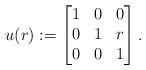
LaTeX: \begin{align*} u(r) := \begin{bmatrix} 1 & 0 & 0 \\ 0 & 1 & r \\ 0 & 0 & 1 \end{bmatrix}.\end{align*}